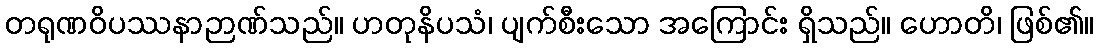
တရုဏဝိပဿနာဉာဏ်သည်။ ဟတုနိပသံ၊ ပျက်စီးသော အကြောင်း ရှိသည်။ ဟောတိ၊ ဖြစ်၏။